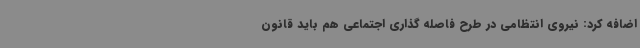
اضافه کرد: نیروی انتظامی در طرح فاصله گذاری اجتماعی هم باید قانون